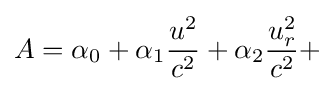
A=\alpha _{0}+\alpha _{1}{\frac {u^{2}}{c^{2}}}+\alpha _{2}{\frac {u_{r}^{2}}{c^{2}}}+